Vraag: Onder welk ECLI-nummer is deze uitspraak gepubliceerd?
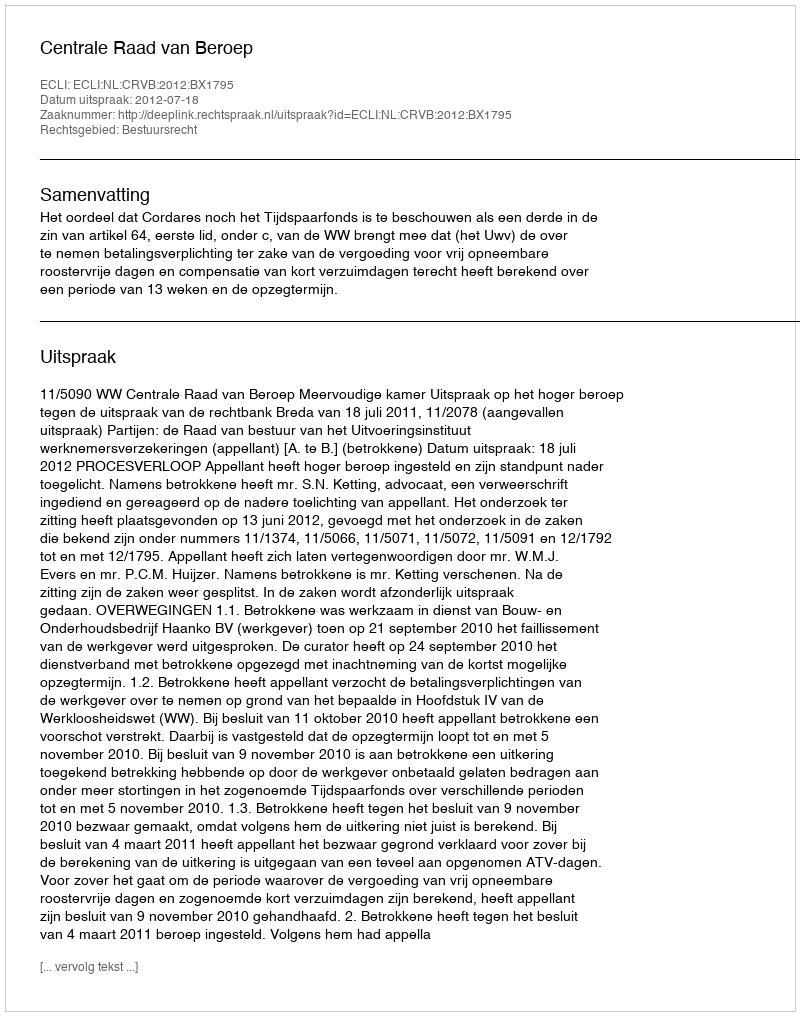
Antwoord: ECLI:NL:CRVB:2012:BX1795